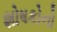
શોષકોનો